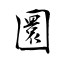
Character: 圜